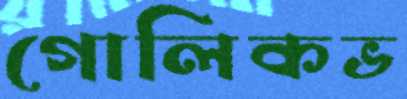
গোলিকভ